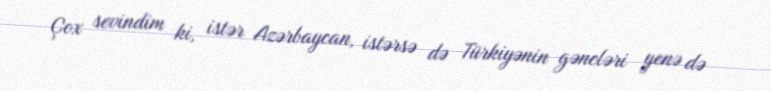
Çox sevindim ki, istər Azərbaycan, istərsə də Türkiyənin gəncləri yenə də